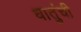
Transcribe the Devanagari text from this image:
धातुंची